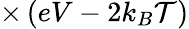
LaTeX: \times\left(eV-2k_{B}\mathcal{T}\right)